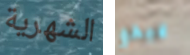
الشهرية يبدو